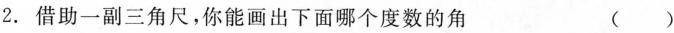
借助一副三角尺，你能画出下面哪个度数的角()